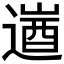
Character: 𮞹